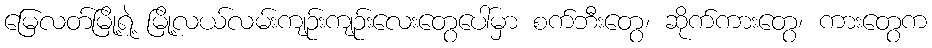
မြေလတ်မြို့ရဲ့ မြို့လယ်လမ်းကျဉ်းကျဉ်းလေးတွေပေါ်မှာ စက်ဘီးတွေ၊ ဆိုက်ကားတွေ၊ ကားတွေက